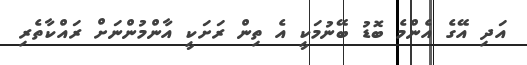
އަދި އޭގެ އެންމެ ބޮޑު ބޭނުމަކީ އެ ތިން ރަށަކީ އާންމުންނަށް ރައްކާތެރި